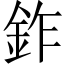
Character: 鈼